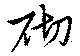
砌